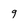
Character: 9